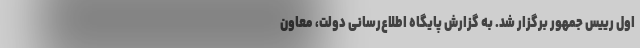
اول رییس جمهور برگزار شد. به گزارش پایگاه اطلاع‌رسانی دولت، معاون